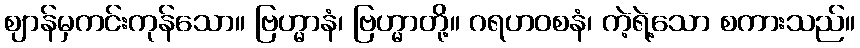
ဈာန်မှကင်းကုန်သော။ ဗြဟ္မာနံ၊ ဗြဟ္မာတို့။ ဂရဟဝစနံ၊ ကဲ့ရဲ့သော စကားသည်။